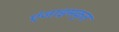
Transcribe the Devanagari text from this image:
एंजाइमकृत